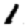
Digit: 1